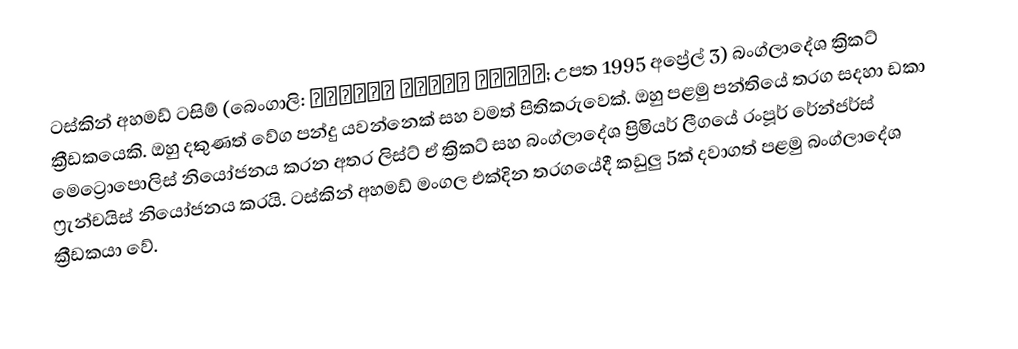
ටස්කින් අහමඩ් ටසිම් (බෙංගාලි: তাসকিন আহমেদ তাজিম; උපත 1995 අප්‍රේල් 3) බංග්ලාදේශ ක්‍රිකට් ක්‍රීඩකයෙකි. ඔහු දකුණත් වේග පන්දු යවන්නෙක් සහ වමත් පිතිකරුවෙක්. ඔහු පළමු පන්තියේ තරග සදහා ඩකා මෙට්‍රොපොලිස් නියෝජනය කරන අතර ලිස්ට් ඒ ක්‍රිකට් සහ බංග්ලාදේශ ප්‍රිමියර් ලීගයේ රංපූර් රේන්ජර්ස් ෆ්‍රැන්චයිස් නියෝජනය කරයි. ටස්කින් අහමඩ් මංගල එක්දින තරගයේදී කඩුලු 5ක් දවාගත් පළමු බංග්ලාදේශ ක්‍රීඩකයා වේ.